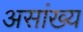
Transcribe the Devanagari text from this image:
असांख्य